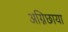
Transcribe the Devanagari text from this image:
अग्निछाया